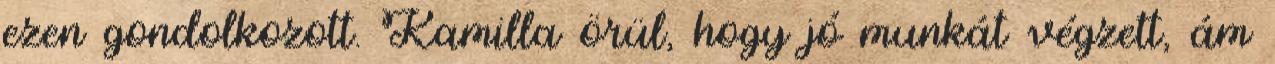
ezen gondolkozott. Kamilla örül, hogy jó munkát végzett, ám